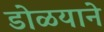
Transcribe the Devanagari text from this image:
डोळयाने